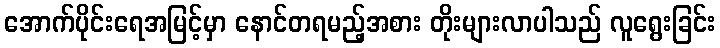
အောက်ပိုင်းရေအမြင့်မှာ နောင်တရမည့်အစား တိုးများလာပါသည် လူရွေးခြင်း